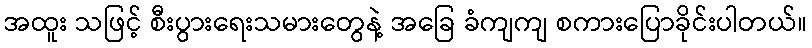
အထူး သဖြင့် စီးပွားရေးသမားတွေနဲ့ အခြေ ခံကျကျ စကားပြောခိုင်းပါတယ်။